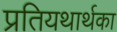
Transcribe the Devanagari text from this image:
प्रतियथार्थका